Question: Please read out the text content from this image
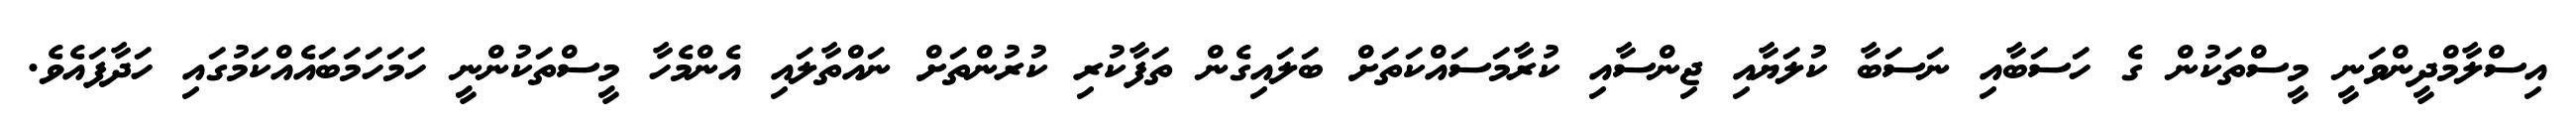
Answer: އިސްލާމްދީންވަނީ މީސްތަކުން ގެ ހަސަބާއި ނަސަބާ ކުލަޔާއި ޖިންސާއި ކުރާމަސައްކަތަށް ބަލައިގެން ތަފާކުރި ކުރުންތަށް ނައްތާލައި އެންމެހާ މީސްތަކުންނީ ހަމަހަމަބައެއްކަމުގައި ހަދާފައެވެ.